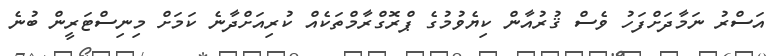
އަސްރު ނަމާދަށްފަހު ވެސް ޤުރުއާން ކިޔެވުމުގެ ޕްރޮގްރާމްތަކެއް ކުރިއަށްދާނެ ކަމަށް މިނިސްޓަރީން ބުނެ